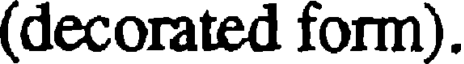
(decorated form).